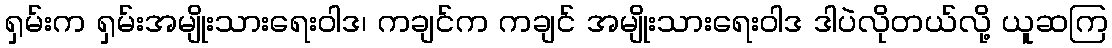
ရှမ်းက ရှမ်းအမျိုးသားရေးဝါဒ၊ ကချင်က ကချင် အမျိုးသားရေးဝါဒ ဒါပဲလိုတယ်လို့ ယူဆကြ